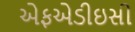
એફએડીઇસી